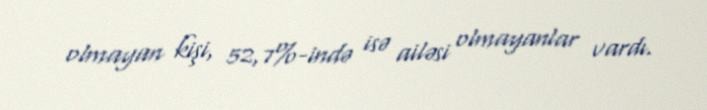
olmayan kişi, 52,7%-ində isə ailəsi olmayanlar vardı.